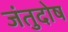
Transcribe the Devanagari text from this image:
जंतुदोष